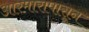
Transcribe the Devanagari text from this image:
आरमारापासून